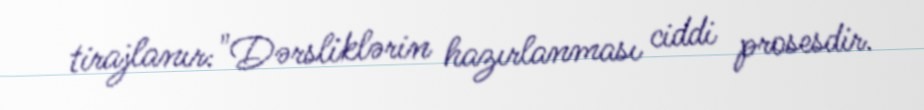
tirajlanır:"Dərsliklərin hazırlanması ciddi prosesdir.